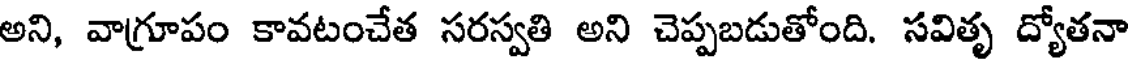
అని, వాగ్రూపం కావటంచేత సరస్వతి అని చెప్పబడుతోంది. సవితృ ద్యోతనా